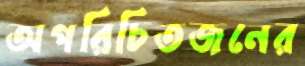
অপরিচিতজনের